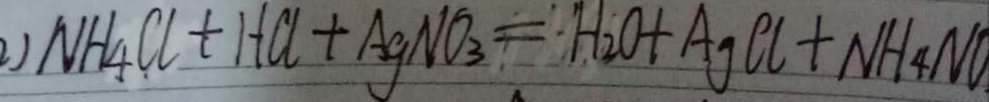
2 ) N H _ { 4 } C l + H C l + A g N O _ { 3 } = H _ { 2 } O + A g C l + N H _ { 4 } N O